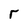
Character: r